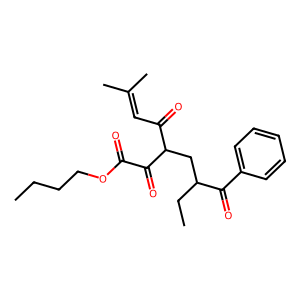
SMILES: CCCCOC(=O)C(=O)C(CC(CC)C(=O)c1ccccc1)C(=O)C=C(C)C
Inhibits HIV replication: No